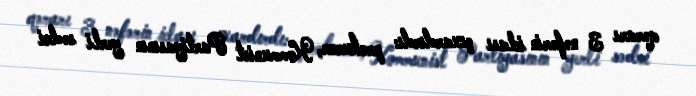
qərarı 3 nəfərin iclası çıxardırdı: prokuror, Kommunist Partiyasının yerli sədri